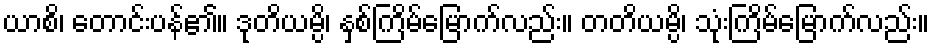
ယာစိ၊ တောင်းပန်၏။ ဒုတိယမ္ပိ၊ နှစ်ကြိမ်မြောက်လည်း။ တတိယမ္ပိ၊ သုံးကြိမ်မြောက်လည်း။